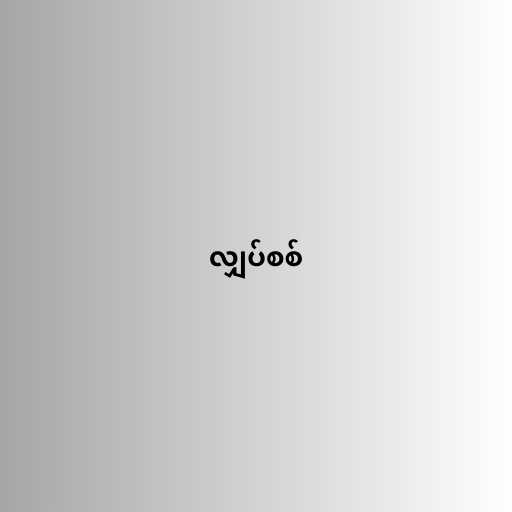
လျှပ်စစ်